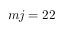
m j = 2 2